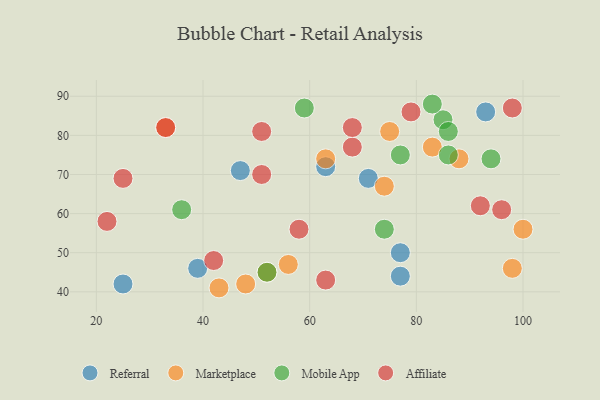
{"axis": {"x": "GDP", "y": "Life Expectancy"}, "legend": ["Affiliate", "Marketplace", "Mobile App", "Referral"], "data": [{"x": "77", "y": 44, "type": "Referral"}, {"x": "47", "y": 71, "type": "Referral"}, {"x": "93", "y": 86, "type": "Referral"}, {"x": "25", "y": 42, "type": "Referral"}, {"x": "77", "y": 50, "type": "Referral"}, {"x": "63", "y": 72, "type": "Referral"}, {"x": "71", "y": 69, "type": "Referral"}, {"x": "39", "y": 46, "type": "Referral"}, {"x": "63", "y": 74, "type": "Marketplace"}, {"x": "83", "y": 77, "type": "Marketplace"}, {"x": "52", "y": 45, "type": "Marketplace"}, {"x": "56", "y": 47, "type": "Marketplace"}, {"x": "74", "y": 67, "type": "Marketplace"}, {"x": "48", "y": 42, "type": "Marketplace"}, {"x": "88", "y": 74, "type": "Marketplace"}, {"x": "75", "y": 81, "type": "Marketplace"}, {"x": "100", "y": 56, "type": "Marketplace"}, {"x": "98", "y": 46, "type": "Marketplace"}, {"x": "33", "y": 82, "type": "Marketplace"}, {"x": "43", "y": 41, "type": "Marketplace"}, {"x": "36", "y": 61, "type": "Mobile App"}, {"x": "85", "y": 84, "type": "Mobile App"}, {"x": "74", "y": 56, "type": "Mobile App"}, {"x": "94", "y": 74, "type": "Mobile App"}, {"x": "59", "y": 87, "type": "Mobile App"}, {"x": "86", "y": 75, "type": "Mobile App"}, {"x": "77", "y": 75, "type": "Mobile App"}, {"x": "52", "y": 45, "type": "Mobile App"}, {"x": "86", "y": 81, "type": "Mobile App"}, {"x": "83", "y": 88, "type": "Mobile App"}, {"x": "22", "y": 58, "type": "Affiliate"}, {"x": "25", "y": 69, "type": "Affiliate"}, {"x": "96", "y": 61, "type": "Affiliate"}, {"x": "98", "y": 87, "type": "Affiliate"}, {"x": "63", "y": 43, "type": "Affiliate"}, {"x": "42", "y": 48, "type": "Affiliate"}, {"x": "68", "y": 77, "type": "Affiliate"}, {"x": "51", "y": 70, "type": "Affiliate"}, {"x": "68", "y": 82, "type": "Affiliate"}, {"x": "33", "y": 82, "type": "Affiliate"}, {"x": "92", "y": 62, "type": "Affiliate"}, {"x": "79", "y": 86, "type": "Affiliate"}, {"x": "58", "y": 56, "type": "Affiliate"}, {"x": "51", "y": 81, "type": "Affiliate"}]}